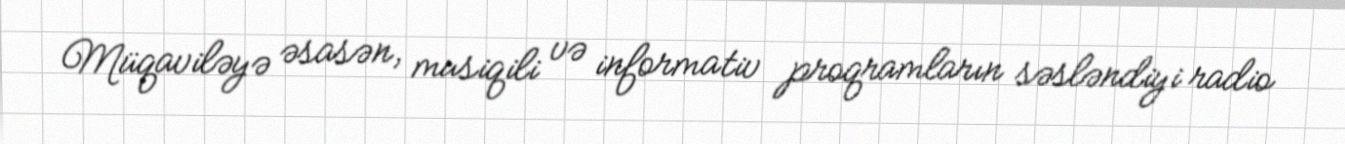
Müqaviləyə əsasən, musiqili və informativ proqramların səsləndiyi radio